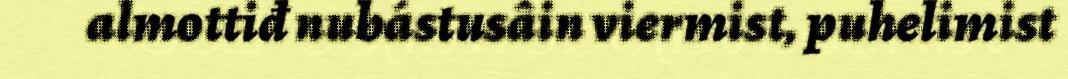
almottiđ nubástusâin viermist, puhelimist